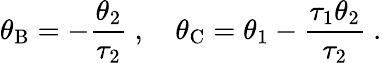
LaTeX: \theta_{\mathrm{B}}=-\frac{\theta_{2}}{\tau_{2}}\ ,\quad\theta_{\mathrm{C}}=\theta_{1}-\frac{\tau_{1}\theta_{2}}{\tau_{2}}\ .